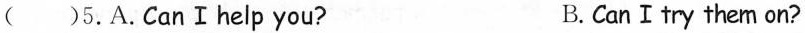
( )5. A. CanⅠhelp you? B. CanⅠtry them on?